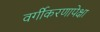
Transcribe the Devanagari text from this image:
वर्गीकरणापेक्षा